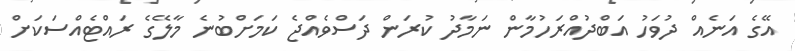
އޭގެ އަނެއް ދުވަހު އަބްދުއްރަހުމާން ނަމާދު ކުރަން ދަސްވެއްޖެ ކަމަށްބުނެ މާލޭގެ ރައްޓެއްސަކަށް